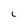
Character: 1